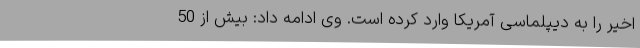
اخیر را به دیپلماسی آمریکا وارد کرده است. وی ادامه داد: بیش از 50